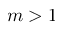
m > 1